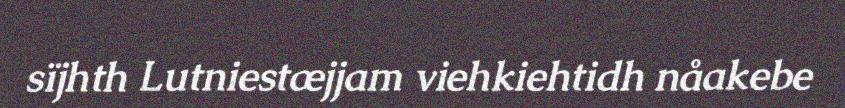
sïjhth Lutniestæjjam viehkiehtidh nåakebe